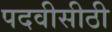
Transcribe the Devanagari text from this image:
पदवीसीठी